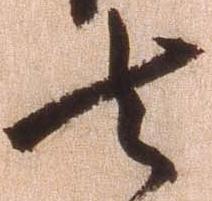
去